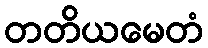
တတိယမေတံ